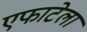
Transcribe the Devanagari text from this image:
एफाटेला